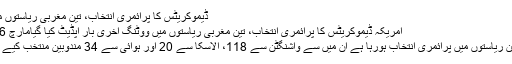
ڈیموکریٹس کا پرائمری انتخاب، تین مغربی ریاستوں میں ووٹنگ
امریکہ ڈیموکریٹس کا پرائمری انتخاب، تین مغربی ریاستوں میں ووٹنگ آخری بار اپڈیٹ کیا گیامارچ 26, 2016
منگل کو جن ریاستوں میں پرائمری انتخاب ہورہا ہے ان میں سے واشنگٹن سے 118، الاسکا سے 20 اور ہوائی سے 34 مندوبین منتخب کیے جائیں گے۔